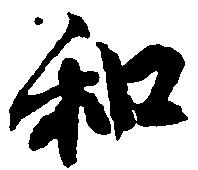
和